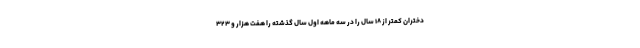
دختران کمتر از ۱۸ سال را در سه ماهه اول سال گذشته را هفت هزار و ۳۲۳